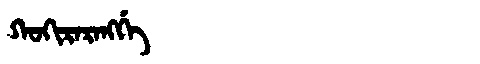
Manchu: ᡴᠣᡴᡳᡵᠠᡵᠠᠩᡤᡝ
Romanization: KOKIRARANGGE